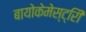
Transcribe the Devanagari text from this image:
बायोकेमेस्ट्रिी